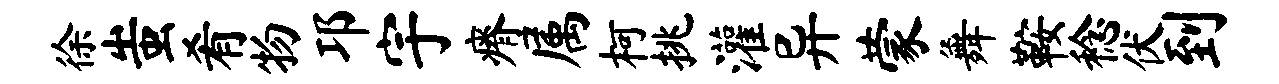
徐蚩肴物邛宇瘠属柯挑灌异蒙舞鞍稔伏到